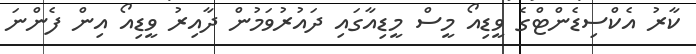
ކާރު އެކްސިޑެންޓްގެ ވީޑިއޯ މީސް މީޑިއާގައި ދައުރުވަމުން ދާއިރު ވީޑިއޯ އިން ފެންނަ